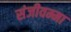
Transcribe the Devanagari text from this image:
संजीवम्मा